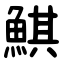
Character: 鯕